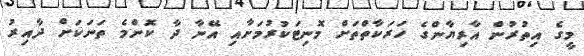
މީގެ އިތުރުން އާރިޔާންގެ ހަރަކާތްތަށް މޮނިޓަކުރުމަށާއި އޭނާ ދާ ކޮންމެ ތަނަކަށް ދާއިރު